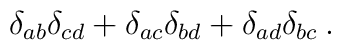
\delta_{ab}\delta_{cd} + \delta_{ac}\delta_{bd} + \delta_{ad}\delta_{bc} \:.